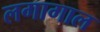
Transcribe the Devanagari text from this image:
लगागाल